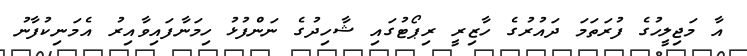
އާ މަޖިލީހުގެ ފުރަތަމަ ދައުރުގެ ހާޒިރީ ރިޕޯޓުގައި ޝާހިދުގެ ނަންފުޅު ހިމަނާފައިވާއިރު އެމަނިކުފާނު